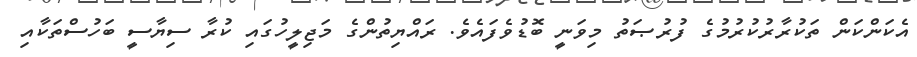
އެކަންކަން ތަކުރާރުކުރުމުގެ ފުރުޞަތު މިވަނީ ބޮޑުވެފައެވެ. ރައްޔިތުންގެ މަޖިލީހުގައި ކުރާ ސިޔާސީ ބަހުސްތަކާއި